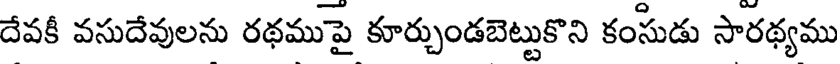
దేవకీ వసుదేవులను రథముపై కూర్చుండబెట్టుకొని కంసుడు సారథ్యము